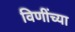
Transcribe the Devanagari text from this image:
विणींच्या